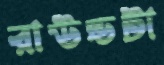
রাউন্ডটা